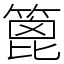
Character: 篦